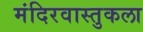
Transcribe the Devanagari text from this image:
मंदिरवास्तुकला